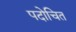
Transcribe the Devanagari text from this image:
पदोचित